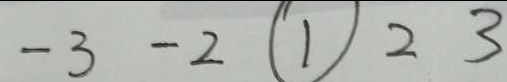
- 3 - 2 \textcircled { 1 } 2 3